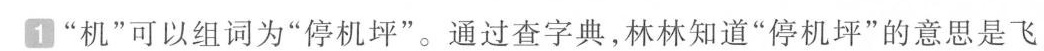
1 “机”可以组词为“停机坪”。通过查字典，林林知道“停机坪”的意思是飞